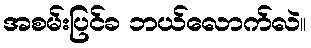
အစမ်းပြင်ခ ဘယ်လောက်လဲ။